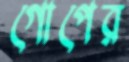
গোপের